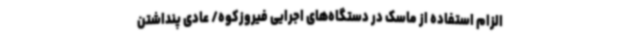
الزام استفاده از ماسک در دستگاه‌های اجرایی فیروزکوه/ عادی پنداشتن